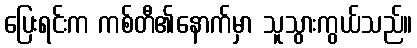
ပြေးရင်းက ကစ်တီ၏နောက်မှာ သူသွားကွယ်သည်။